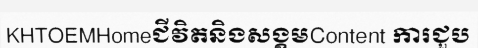
KHTOEMHomeជីវិតនិងសង្គមContent ការជួប